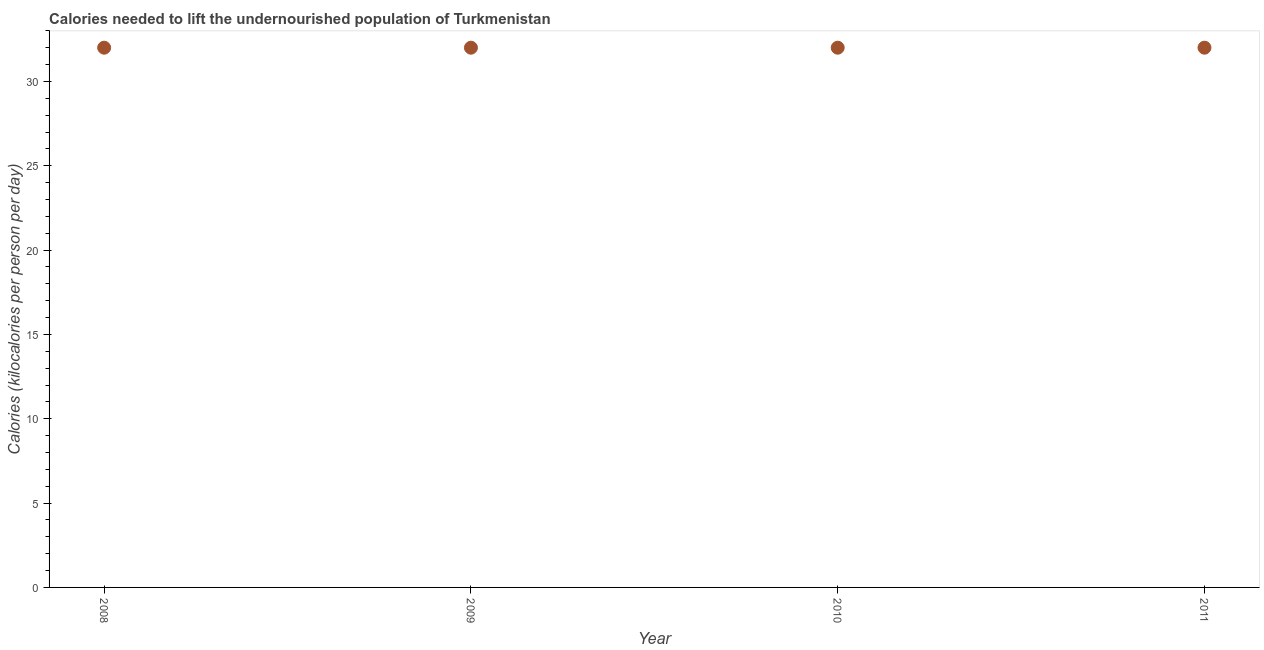
| Year | Depth of the food deficit |
 | --- | --- |
 | 2008 | 32 |
 | 2009 | 32 |
 | 2010 | 32 |
 | 2011 | 32 |